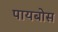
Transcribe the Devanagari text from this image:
पायबोस